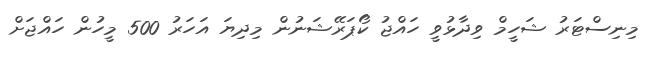
މިނިސްޓަރު ޝަހީމް ވިދާޅުވީ ހައްޖު ކޯޕަރޭޝަނުން މިދިޔަ އަހަރު 500 މީހުން ހައްޖަށް